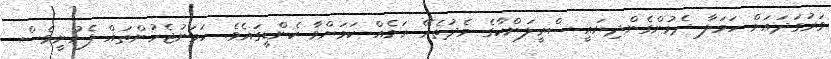
ވަރުގަދައަށް ހަމަލާ ދެމުންގެންދިޔައީ ސްރީލަންކާގެ މެދުތެރޭ ރަށެއް ކަމަށްވާ ކެންޑީގައެވެ. ހަމަނުޖެހުންތައް ފެށުނީވެސް